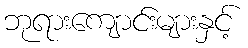
ဘုရားကျောင်းများနှင့်